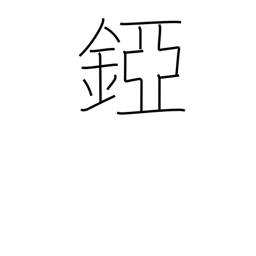
Meaning: helmet neck guard